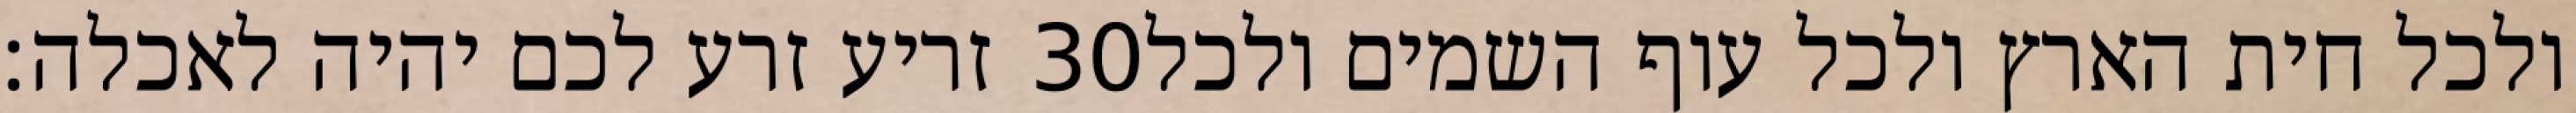
זריע זרע לכם יהיה לאכלה׃ ‎30‏ ולכל חית הארץ ולכל עוף השמים ולכל